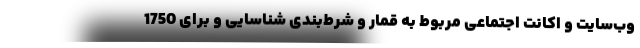
وب‌سایت و اکانت اجتماعی مربوط به قمار و شرط‌بندی شناسایی و برای 1750